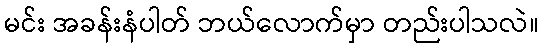
မင်း အခန်းနံပါတ် ဘယ်လောက်မှာ တည်းပါသလဲ။